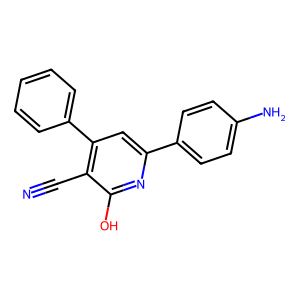
SMILES: N#Cc1c(-c2ccccc2)cc(-c2ccc(N)cc2)nc1O
Inhibits HIV replication: No